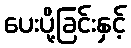
ပေးပို့ခြင်းနှင့်